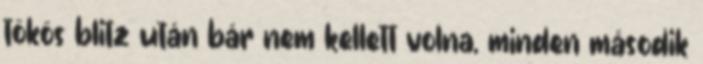
tökös blitz után bár nem kellett volna, minden második